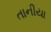
તાનીયા